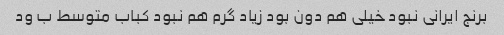
برنج ایرانی نبود خیلی هم دون بود زیاد گرم هم نبود کباب متوسط ب ود